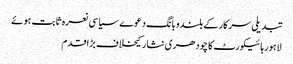
تبدیلی سرکارکے بلندوبانگ دعوے سیاسی نعرہ ثابت ہوئے
لاہورہائیکورٹ کا چودھری نثار کیخلاف بڑاقدم